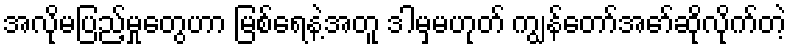
အလိုမပြည့်မှုတွေဟာ မြစ်ရေနဲ့အတူ ဒါမှမဟုတ် ကျွန်တော်အော်ဆိုလိုက်တဲ့